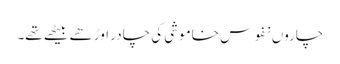
چاروں نفوس خاموشی کی چادر اوڑھے بیٹھے تھے۔